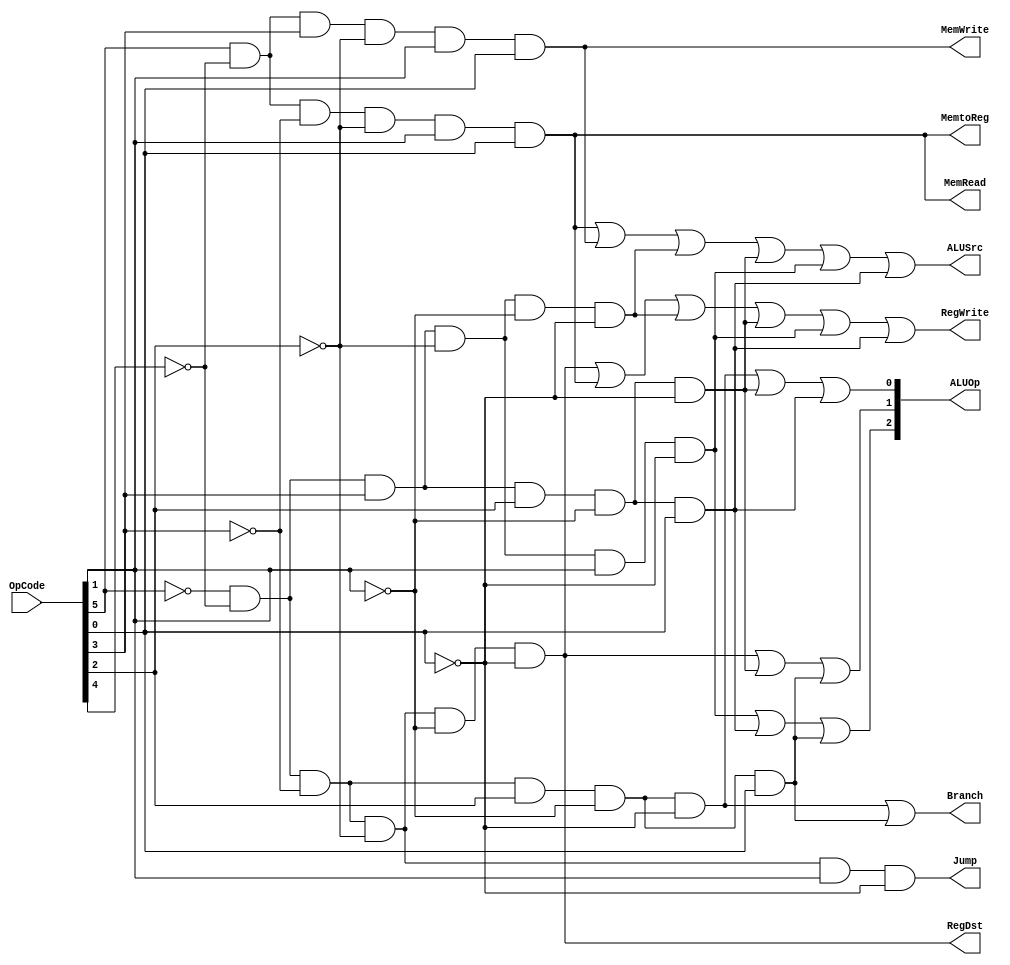
/*
ControlUnit
*/
module ControlUnit (OpCode, RegDst, Jump, Branch, MemRead, MemtoReg, ALUOp, MemWrite, ALUSrc, RegWrite);
	input [5:0] OpCode;
	output RegDst, Jump, Branch, MemRead, MemtoReg, MemWrite, ALUSrc, RegWrite;
	output [2:0] ALUOp; // expanded to 3 bits for support of more instructions with the same architecture ("slti, andi, bne, etc...")

	// RegDst is high only on R-type instructions OpCode(s) : {000000, }
	assign RegDst = (~OpCode[5])&(~OpCode[4])&(~OpCode[3])&(~OpCode[2])&(~OpCode[1])&(~OpCode[0]);

	// Jump is high only on Jump instruction OpCode(s) : {000010, }
	assign Jump = (~OpCode[5])&(~OpCode[4])&(~OpCode[3])&(~OpCode[2])&(OpCode[1])&(~OpCode[0]);

	// Branch is high on beq and bne instructions OpCode(s) : {000100, 000101, }
	assign Branch = ((~OpCode[5])&(~OpCode[4])&(~OpCode[3])&(OpCode[2])&(~OpCode[1])&(~OpCode[0]))
	| ((~OpCode[5])&(~OpCode[4])&(~OpCode[3])&(OpCode[2])&(~OpCode[1])&(OpCode[0]));

	// MemRead is high only on lw instruction OpCode(s) : {100011, }
	assign MemRead = (OpCode[5])&(~OpCode[4])&(~OpCode[3])&(~OpCode[2])&(OpCode[1])&(OpCode[0]);

	// MemtoReg is high only on lw instruction OpCode(s) : {100011, }
	assign MemtoReg = (OpCode[5])&(~OpCode[4])&(~OpCode[3])&(~OpCode[2])&(OpCode[1])&(OpCode[0]);

	// MemWrite is high only on sw instruction OpCode(s) : {101011, }
	assign MemWrite = (OpCode[5])&(~OpCode[4])&(OpCode[3])&(~OpCode[2])&(OpCode[1])&(OpCode[0]);

	// ALUSrc is high on lw, sw, addi, andi, slti, ori instructions OpCode(s) : {100011, 101011, 001000, 001100, 001010, 001101}
	assign ALUSrc = ((OpCode[5])&(~OpCode[4])&(~OpCode[3])&(~OpCode[2])&(OpCode[1])&(OpCode[0]))
	| ((OpCode[5])&(~OpCode[4])&(OpCode[3])&(~OpCode[2])&(OpCode[1])&(OpCode[0]))
	| ((~OpCode[5])&(~OpCode[4])&(OpCode[3])&(~OpCode[2])&(~OpCode[1])&(~OpCode[0]))
	| ((~OpCode[5])&(~OpCode[4])&(OpCode[3])&(OpCode[2])&(~OpCode[1])&(~OpCode[0]))
	| ((~OpCode[5])&(~OpCode[4])&(OpCode[3])&(~OpCode[2])&(OpCode[1])&(~OpCode[0]))
	| ((~OpCode[5])&(~OpCode[4])&(OpCode[3])&(OpCode[2])&(~OpCode[1])&(OpCode[0]));

	// RegWrite is high on R-type, lw, addi, andi, slti, ori OpCode(s) : {000000, 100011, 001000, 001100, 001010, 001101}
	assign RegWrite = ((~OpCode[5])&(~OpCode[4])&(~OpCode[3])&(~OpCode[2])&(~OpCode[1])&(~OpCode[0]))
	| ((OpCode[5])&(~OpCode[4])&(~OpCode[3])&(~OpCode[2])&(OpCode[1])&(OpCode[0]))
	| ((~OpCode[5])&(~OpCode[4])&(OpCode[3])&(~OpCode[2])&(~OpCode[1])&(~OpCode[0]))
	| ((~OpCode[5])&(~OpCode[4])&(OpCode[3])&(OpCode[2])&(~OpCode[1])&(~OpCode[0]))
	| ((~OpCode[5])&(~OpCode[4])&(OpCode[3])&(~OpCode[2])&(OpCode[1])&(~OpCode[0]))
	| ((~OpCode[5])&(~OpCode[4])&(OpCode[3])&(OpCode[2])&(~OpCode[1])&(OpCode[0]));

	// ALUOp[2] is high on slti, ori, bne instructions OpCode(s) : {001010, 001101, 000101}
	assign ALUOp[2] = ((~OpCode[5])&(~OpCode[4])&(OpCode[3])&(~OpCode[2])&(OpCode[1])&(~OpCode[0]))
	| ((~OpCode[5])&(~OpCode[4])&(OpCode[3])&(OpCode[2])&(~OpCode[1])&(OpCode[0]))
	| ((~OpCode[5])&(~OpCode[4])&(~OpCode[3])&(OpCode[2])&(~OpCode[1])&(OpCode[0]));

	// ALUOp[1] is high on R-type, andi, bne instructions OpCode(s) : {000000, 001100, 000101}
	assign ALUOp[1] = ((~OpCode[5])&(~OpCode[4])&(~OpCode[3])&(~OpCode[2])&(~OpCode[1])&(~OpCode[0]))
	| ((~OpCode[5])&(~OpCode[4])&(OpCode[3])&(OpCode[2])&(~OpCode[1])&(~OpCode[0]))
	| ((~OpCode[5])&(~OpCode[4])&(~OpCode[3])&(OpCode[2])&(~OpCode[1])&(OpCode[0]));

	// ALUOp[0] is high on beq, andi, ori instructions OpCode(s) : {000100, 001100, 001101}
	assign ALUOp[0] = ((~OpCode[5])&(~OpCode[4])&(~OpCode[3])&(OpCode[2])&(~OpCode[1])&(~OpCode[0]))
	| ((~OpCode[5])&(~OpCode[4])&(OpCode[3])&(OpCode[2])&(~OpCode[1])&(~OpCode[0]))
	| ((~OpCode[5])&(~OpCode[4])&(OpCode[3])&(OpCode[2])&(~OpCode[1])&(OpCode[0]));
endmodule